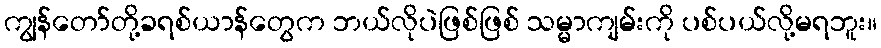
ကျွန်တော်တို့ခရစ်ယာန်တွေက ဘယ်လိုပဲဖြစ်ဖြစ် သမ္မာကျမ်းကို ပစ်ပယ်လို့မရဘူး။